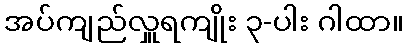
အပ်ကျည်လှူရကျိုး ၃-ပါး ဂါထာ။